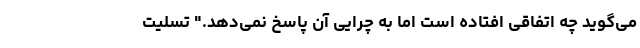
می‌گوید چه اتفاقی افتاده است اما به چرایی آن پاسخ نمی‌دهد." تسلیت